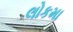
લોકમા